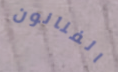
الفنانون